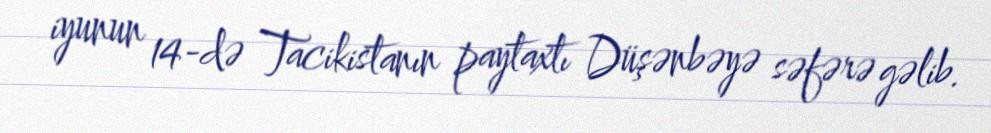
iyunun 14-də Tacikistanın paytaxtı Düşənbəyə səfərə gəlib.